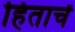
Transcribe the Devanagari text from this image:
हिताचें